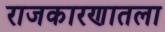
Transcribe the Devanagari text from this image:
राजकारणातला